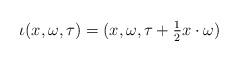
LaTeX: \begin{align*}\iota(x,\omega,\tau) = (x,\omega, \tau + \tfrac{1}{2} x \cdot \omega)\end{align*}